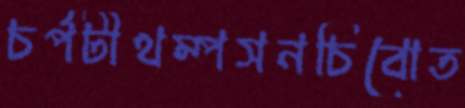
চর্পটীথম্পসনচিবোত